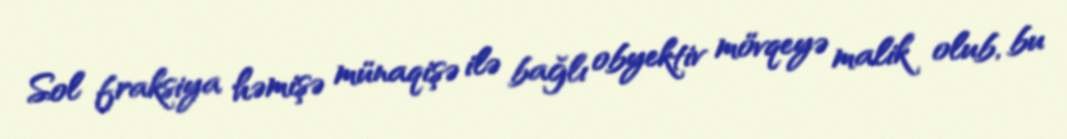
Sol fraksiya həmişə münaqişə ilə bağlı obyektiv mövqeyə malik olub, bu